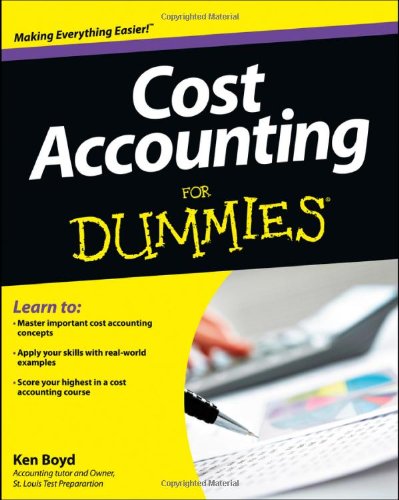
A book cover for Cost Accounting For Dummies; Kenneth Boyd; Business & Money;